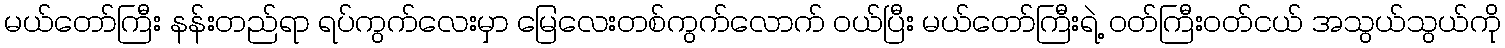
မယ်တော်ကြီး နန်းတည်ရာ ရပ်ကွက်လေးမှာ မြေလေးတစ်ကွက်လောက် ဝယ်ပြီး မယ်တော်ကြီးရဲ့ ဝတ်ကြီးဝတ်ငယ် အသွယ်သွယ်ကို